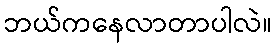
ဘယ်ကနေလာတာပါလဲ။